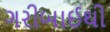
ગરીબાઈથી